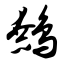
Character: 鹩